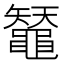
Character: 𪓳